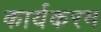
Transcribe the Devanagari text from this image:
कार्यकरम